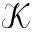
\mathcal { K }